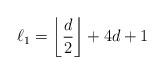
LaTeX: \begin{align*} \ell_1 = \left\lfloor \frac{d}{2} \right\rfloor + 4d + 1 \end{align*}